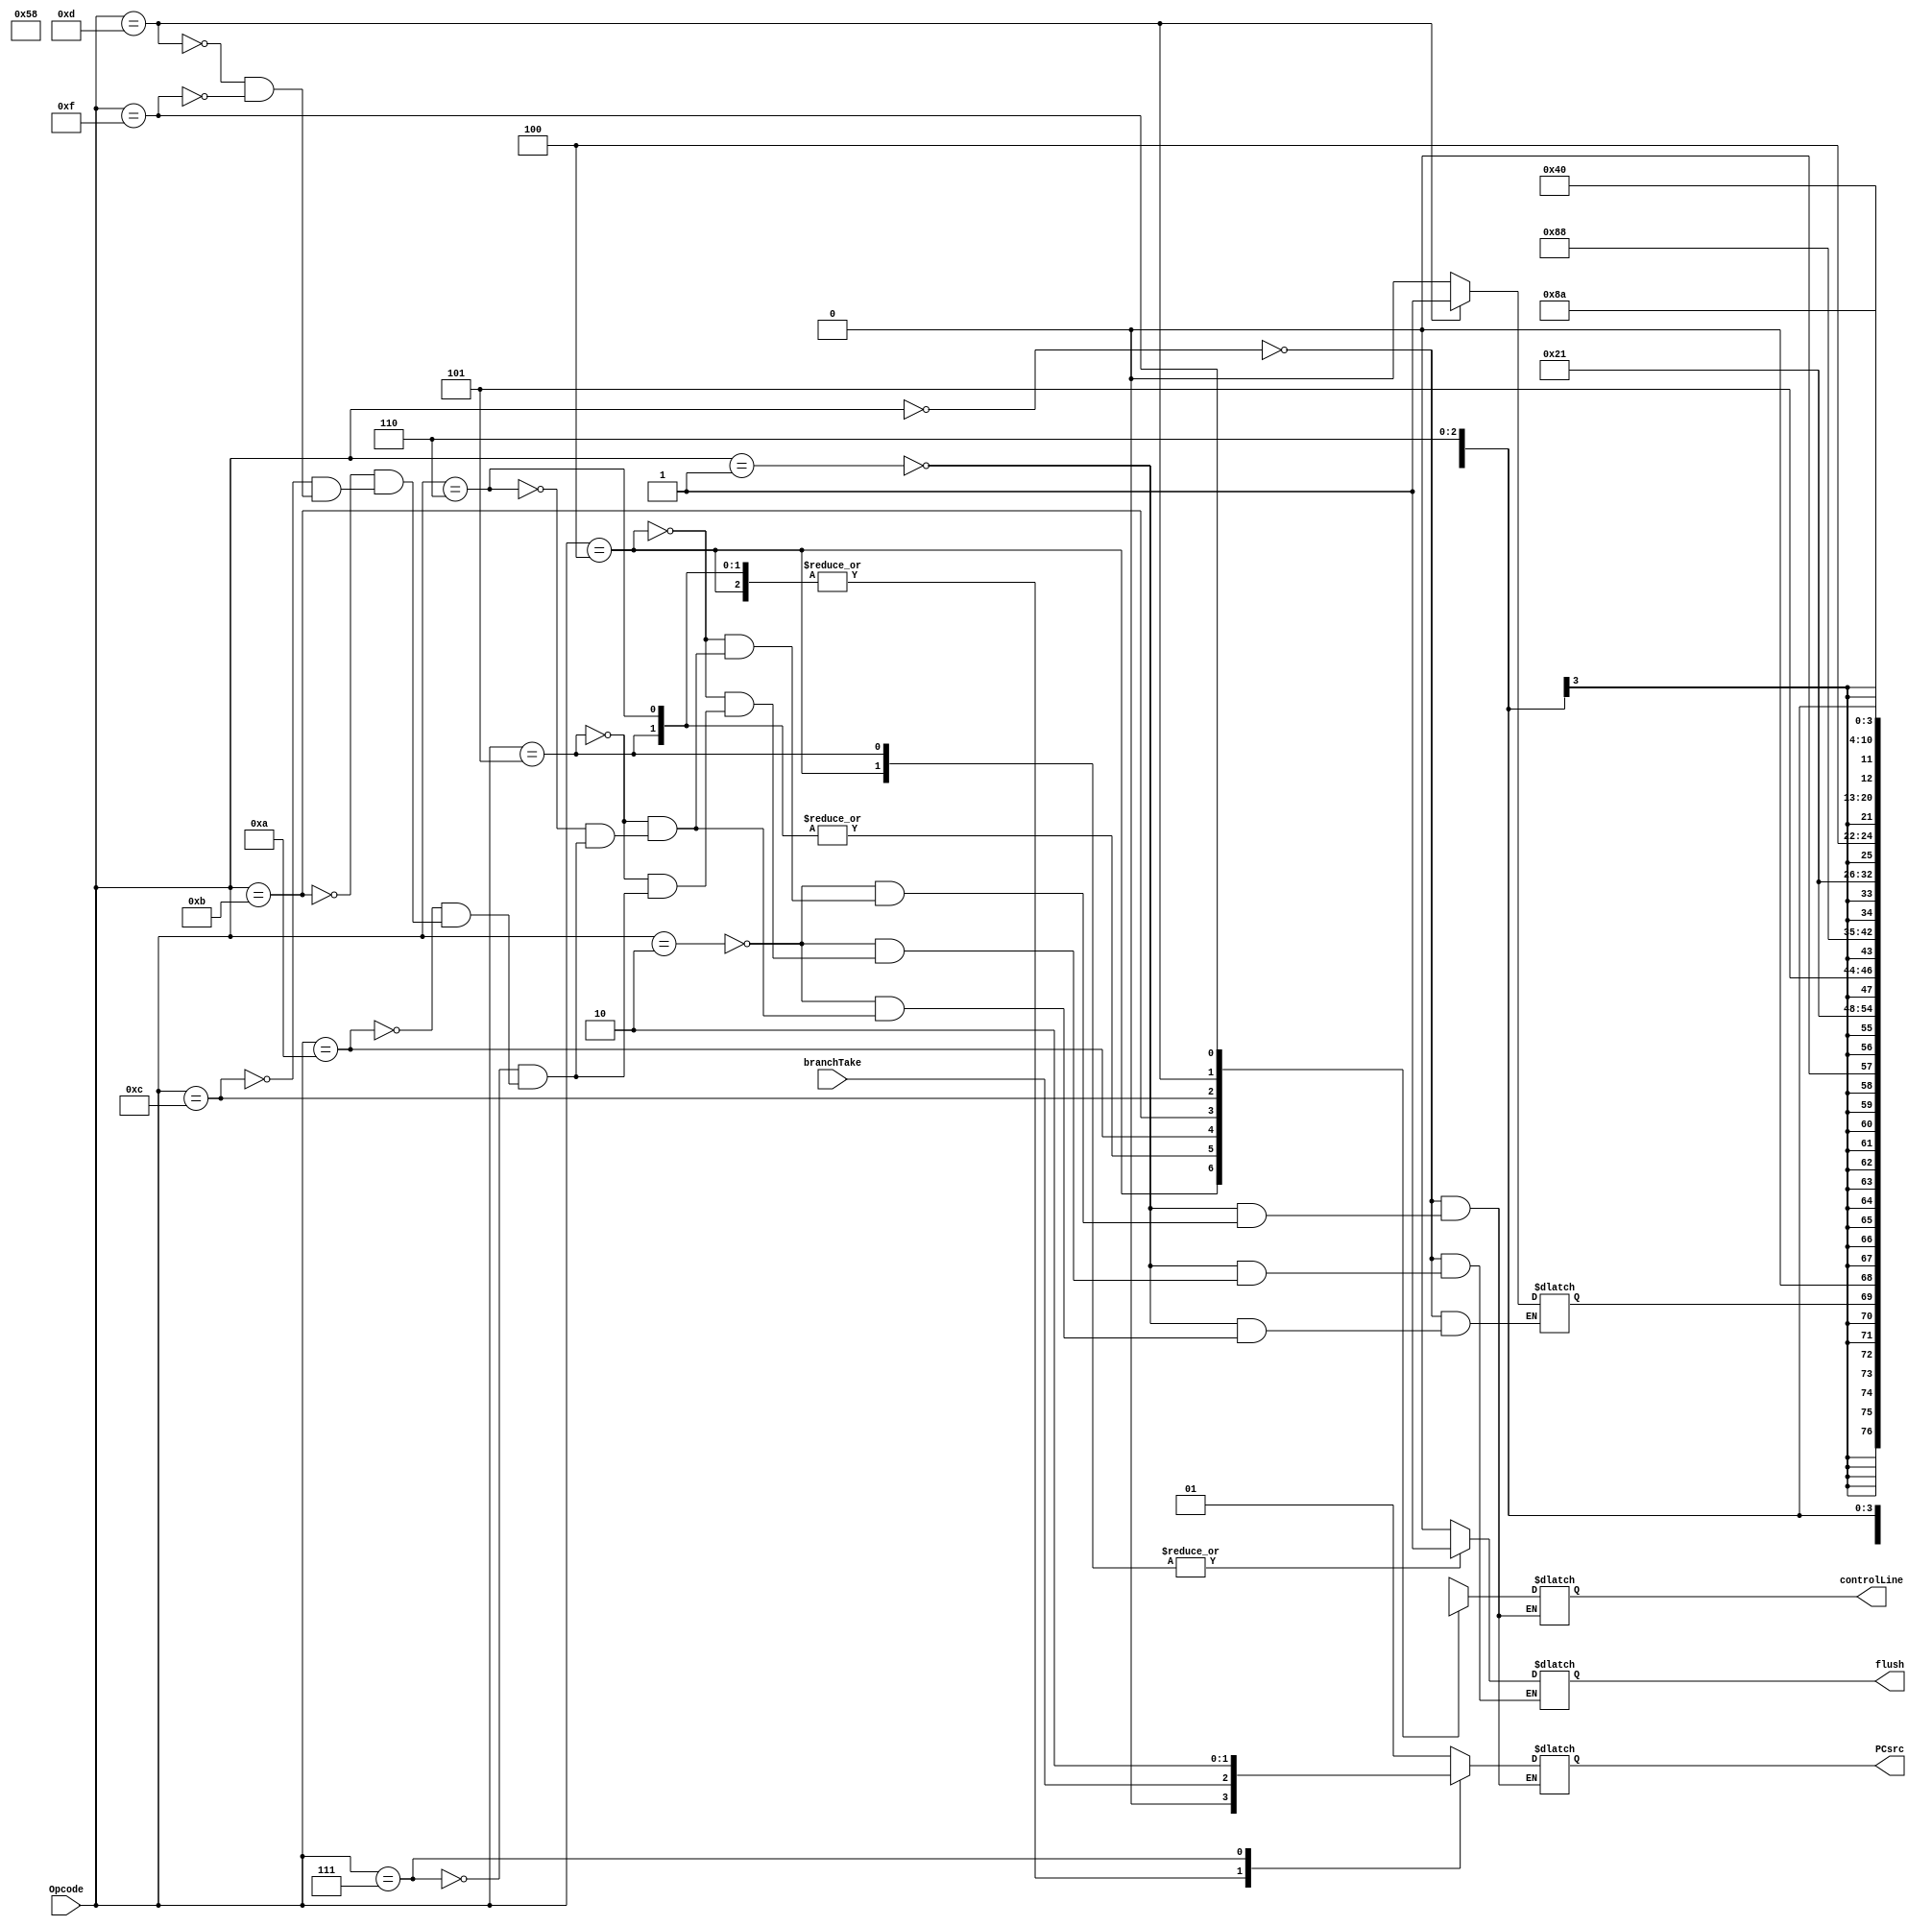
`timescale 1 ns / 1 ps

module control(input[3:0] Opcode, 
               input branchTake,
               output reg[1:0] PCsrc,
               output reg flush,
               output reg[10:0] controlLine
               );
    reg[1:0] AluOP, MemtoReg, AluSrc;
    reg RegWrite, RegDst, MemWrite, MemRead, weWb;
    
	always @(*)
	begin
			
		case(Opcode)
			0: 
			begin //Halt
				AluOP = 2'bxx;
				MemtoReg= 2'bxx;
				AluSrc= 2'bxx;
				PCsrc= 2'bxx;
				RegWrite= 1'bx;
				RegDst= 1'bx;
				MemWrite= 1'bx;
				MemRead= 1'bx;
				weWb= 1'bx;
				flush= 1'b0;
				
				            // [10]     [9:8]   [7:6]   [5]       [4]     [3]     [2]     [1:0] 
				controlLine = {RegDst, AluSrc, AluOP, MemWrite, MemRead, weWb, RegWrite, MemtoReg}; //Orginized Way
			end
			
			1: //Andi
			begin
				AluOP =2'b10;
				MemtoReg=2'b10;
				AluSrc=2'b01;
				PCsrc=2'b01;
				RegWrite=1'b1;
				RegDst=1'b1;
				MemWrite=1'b0;
				MemRead=1'b0;
				weWb= 1'bx;
				flush= 1'b0;
				
				controlLine = {RegDst, AluSrc, AluOP, MemWrite, MemRead, weWb, RegWrite, MemtoReg}; //Orginized Way
			end
			
			2: 
			begin //Ori
				AluOP =2'b10;
				MemtoReg=2'b10;
				AluSrc=2'b01;
				PCsrc=2'b01;
				RegWrite=1'b1;
				RegDst=1'b1;
				MemWrite=1'b0;
				MemRead=1'b0;
				weWb= 1'bx;
				flush= 1'b0;
				
				controlLine = {RegDst, AluSrc, AluOP, MemWrite, MemRead, weWb, RegWrite, MemtoReg}; //Orginized Way
			end
			
			4: 
			begin //Branch Greater
				AluOP =2'bxx;
				MemtoReg=2'bxx;
				AluSrc=2'bxx;
				PCsrc= branchTake;
				RegWrite=1'b0;
				RegDst=1'bx;
				MemWrite=1'bx;
				MemRead=1'bx;
				flush= 1'b1;
				
				controlLine = {RegDst, AluSrc, AluOP, MemWrite, MemRead, weWb, RegWrite, MemtoReg}; //Orginized Way
			end
			
			5: 
			begin //Branch Lesser
				AluOP = 2'bxx;
				MemtoReg=2'bxx;
				AluSrc=2'bxx;
				PCsrc= branchTake;
				RegWrite=1'b0;
				RegDst=1'bx;
				MemWrite=1'bx;
				MemRead=1'bx;
				weWb= 1'bx;
				flush= 1'b1;
				
				controlLine = {RegDst, AluSrc, AluOP, MemWrite, MemRead, weWb, RegWrite, MemtoReg}; //Orginized Way
			end
			
			6: 
			begin //Branch Equal
				AluOP =2'bxx;
				MemtoReg=2'bxx;
				AluSrc=2'bxx;
				PCsrc= branchTake;
				RegWrite=1'b0;
				RegDst=1'bx;
				MemWrite=1'bx;
				MemRead=1'bx;
				weWb= 1'bx;
				
				controlLine = {RegDst, AluSrc, AluOP, MemWrite, MemRead, weWb, RegWrite, MemtoReg}; //Orginized Way
			end
			
			7: 
			begin //Jump
				AluOP =2'bxx;
				MemtoReg=2'bxx;
				AluSrc=2'bxx;
				PCsrc=2'b10;
				RegWrite=1'bx;
				RegDst=1'bx;
				MemWrite=1'bx;
				MemRead=1'bx;
				weWb= 1'bx;
				flush= 1'b0;
				
				controlLine = {RegDst, AluSrc, AluOP, MemWrite, MemRead, weWb, RegWrite, MemtoReg}; //Orginized Way
			end
			
			10: 
			begin //LBU
				AluOP =2'b00;
				MemtoReg=2'b01;
				AluSrc=2'b10;
				PCsrc=2'b01;
				RegWrite=1'b1;
				RegDst=1'b0;
				MemWrite=1'b0;
				MemRead=1'b1;
				weWb= 1'bx;
				flush= 1'b0;
				
				controlLine = {RegDst, AluSrc, AluOP, MemWrite, MemRead, weWb, RegWrite, MemtoReg}; //Orginized Way
			end
			
			11: 
			begin //SB
				AluOP =2'b00;
				MemtoReg=2'bxx;
				AluSrc=2'b10;
				PCsrc=2'b01;
				RegWrite=1'b0;
				RegDst=1'bx;
				MemWrite=1'b1;
				MemRead=1'b0;
				weWb= 1'b0;
				flush= 1'b0;
				
				controlLine = {RegDst, AluSrc, AluOP, MemWrite, MemRead, weWb, RegWrite, MemtoReg}; //Orginized Way
			end
			
			12: 
			begin //LW
				AluOP =2'b00;
				MemtoReg=2'b00;
				AluSrc=2'b10;
				PCsrc=2'b01;
				RegWrite=1'b1;
				RegDst=1'b0;
				MemWrite=1'b0;
				MemRead=1'b1;
				weWb= 1'bx;
				flush= 1'b0;
				
				controlLine = {RegDst, AluSrc, AluOP, MemWrite, MemRead, weWb, RegWrite, MemtoReg}; //Orginized Way
			end
			
			13: 
			begin //SW
				AluOP =2'b00;
				MemtoReg=2'bxx;
				AluSrc=2'b10;
				PCsrc=2'b01;
				RegWrite=1'b0;
				RegDst=1'bx;
				MemWrite=1'b1;
				MemRead=1'b0;
				weWb= 1'b1;
				flush= 1'b0;
				
				controlLine = {RegDst, AluSrc, AluOP, MemWrite, MemRead, weWb, RegWrite, MemtoReg}; //Orginized Way
			end
			
			15:
			begin //Type A: Add, Sub, Mult, Div
				AluOP =2'b00;
				MemtoReg=2'b10;
				AluSrc=2'b00;
				PCsrc=2'b01;
				RegWrite=1'b1;
				RegDst=1'b1;
				MemWrite=1'b0;
				MemRead=1'b0;
				weWb= 1'bx;
				flush= 1'b0;
				
				controlLine = {RegDst, AluSrc, AluOP, MemWrite, MemRead, weWb, RegWrite, MemtoReg}; //Orginized Way
			end
		endcase
	end
endmodule